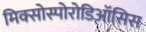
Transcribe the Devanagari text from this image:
मिक्सोस्पोरोडिऑसिस